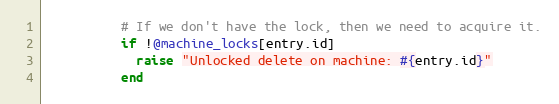
Language: Ruby
          # If we don't have the lock, then we need to acquire it.
          if !@machine_locks[entry.id]
            raise "Unlocked delete on machine: #{entry.id}"
          end